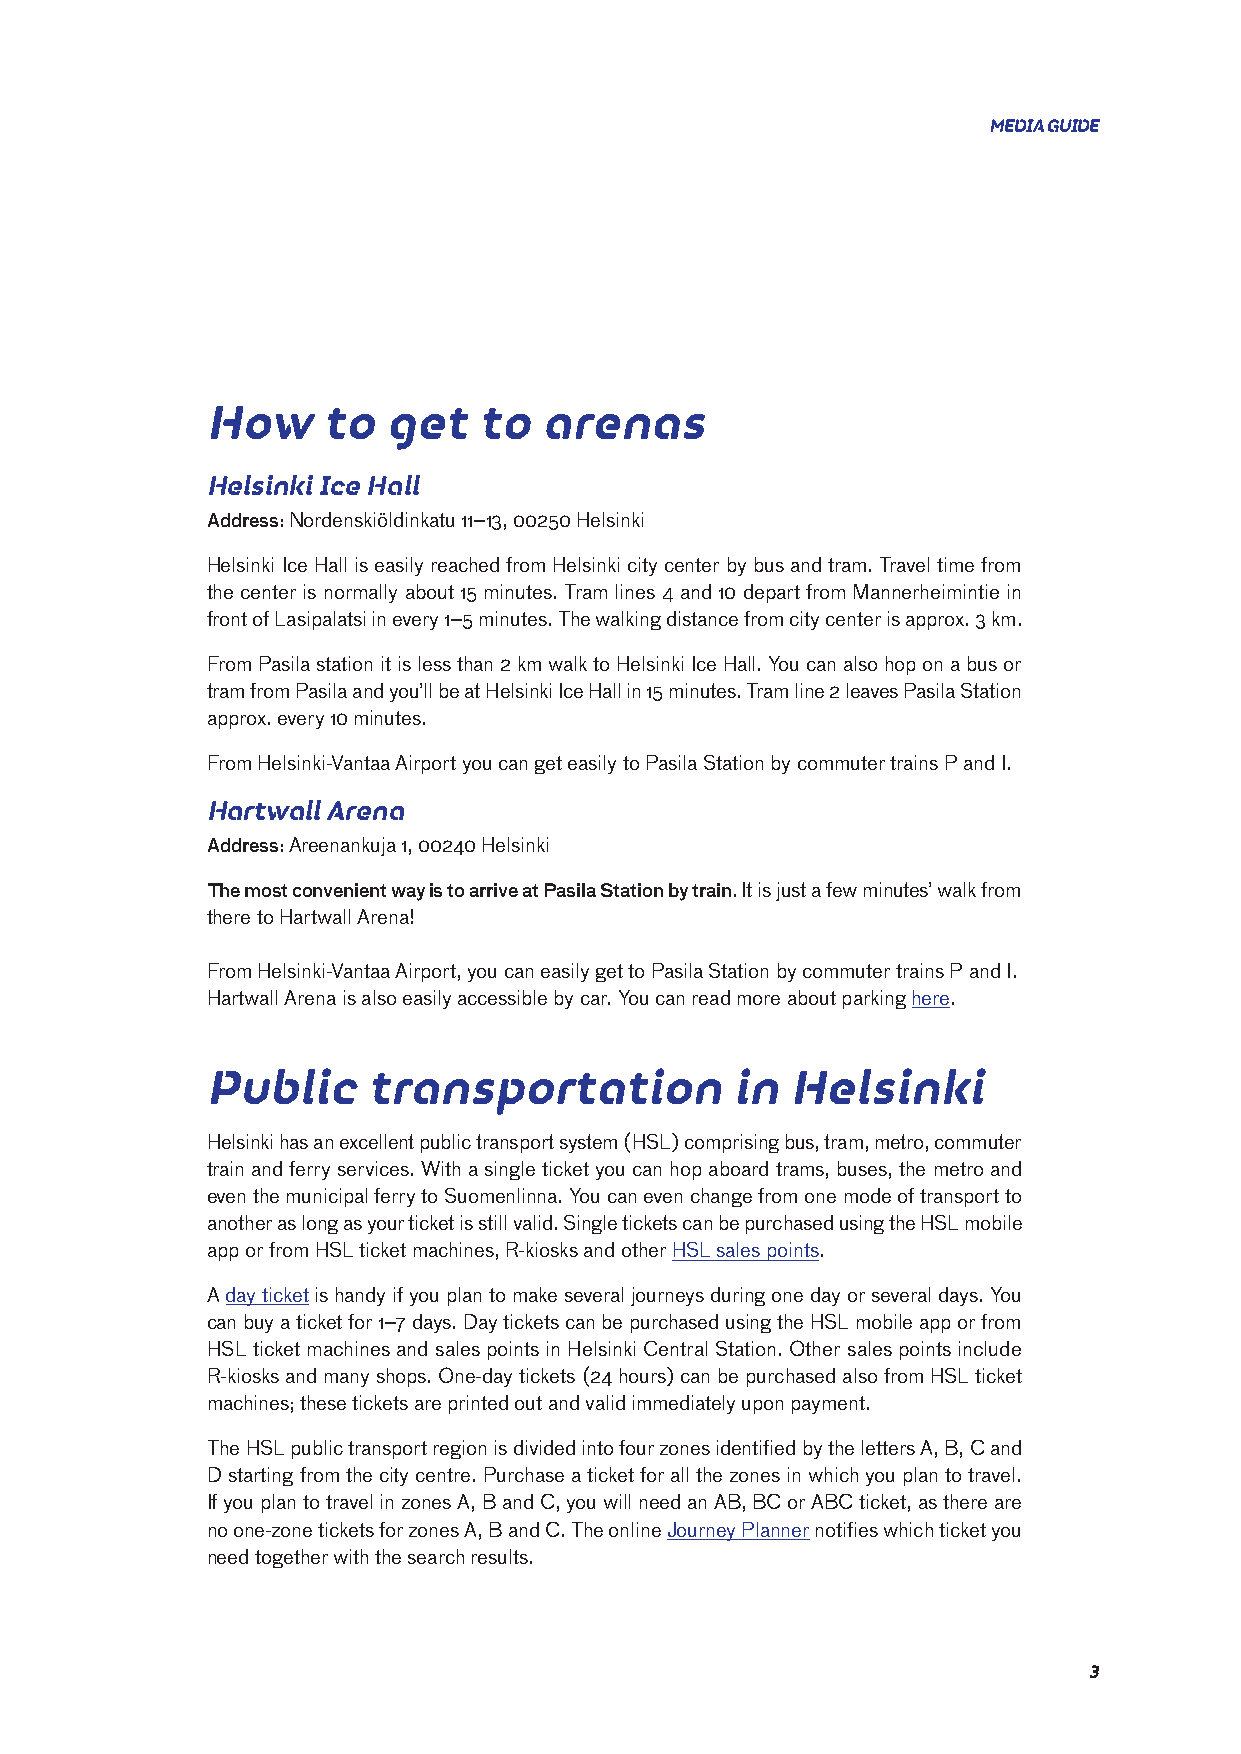
meDIA guIDe
 How     to  get    to  arenas
 Helsinki Ice Hall
 Address: Nordenskiöldinkatu 11–13, 00250 Helsinki
 Helsinki Ice Hall is easily reached from Helsinki city center by bus and tram. Travel time from
 the center is normally about 15 minutes. Tram lines 4 and 10 depart from Mannerheimintie in
 front of Lasipalatsi in every 1–5 minutes. The walking distance from city center is approx. 3 km.
 From Pasila station it is less than 2 km walk to Helsinki Ice Hall. You can also hop on a bus or
 tram from Pasila and you’ll be at Helsinki Ice Hall in 15 minutes. Tram line 2 leaves Pasila Station
 approx. every 10 minutes.
 From Helsinki-Vantaa Airport you can get easily to Pasila Station by commuter trains P and I.
 Hartwall Arena
 Address: Areenankuja 1, 00240 Helsinki
 The most convenient way is to arrive at Pasila Station by train. It is just a few minutes’ walk from
 there to Hartwall Arena!
 From Helsinki-Vantaa Airport, you can easily get to Pasila Station by commuter trains P and I.
 Hartwall Arena is also easily accessible by car. You can read more about parking here.
 Public     transportation          in  Helsinki
 Helsinki has an excellent public transport system (HSL) comprising bus, tram, metro, commuter
 train and ferry services. With a single ticket you can hop aboard trams, buses, the metro and
 even the municipal ferry to Suomenlinna. You can even change from one mode of transport to
 another as long as your ticket is still valid. Single tickets can be purchased using the HSL mobile
 app or from HSL ticket machines, R-kiosks and other HSL sales points.
 A day ticket is handy if you plan to make several journeys during one day or several days. You
 can buy a ticket for 1–7 days. Day tickets can be purchased using the HSL mobile app or from
 HSL ticket machines and sales points in Helsinki Central Station. Other sales points include
 R-kiosks and many shops. One-day tickets (24 hours) can be purchased also from HSL ticket
 machines; these tickets are printed out and valid immediately upon payment.
 The HSL public transport region is divided into four zones identified by the letters A, B, C and
 D starting from the city centre. Purchase a ticket for all the zones in which you plan to travel.
 If you plan to travel in zones A, B and C, you will need an AB, BC or ABC ticket, as there are
 no one-zone tickets for zones A, B and C. The online Journey Planner notifies which ticket you
 need together with the search results.
 3